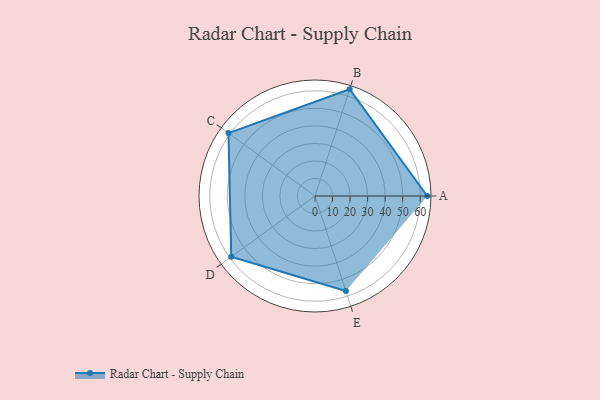
{"axis": {"x": "Skill", "y": "Score"}, "legend": ["Profile"], "data": [{"x": "A", "y": 64.0, "type": "Profile"}, {"x": "B", "y": 64.0, "type": "Profile"}, {"x": "C", "y": 61.0, "type": "Profile"}, {"x": "D", "y": 59.0, "type": "Profile"}, {"x": "E", "y": 57.0, "type": "Profile"}]}